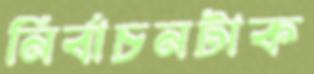
নির্বাচনটাক